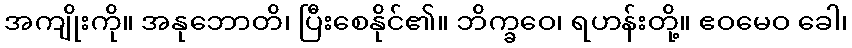
အကျိုးကို။ အနုဘောတိ၊ ပြီးစေနိုင်၏။ ဘိက္ခဝေ၊ ရဟန်းတို့။ ဧဝမေဝ ခေါ၊